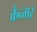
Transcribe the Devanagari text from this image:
क्रैन्मर